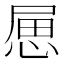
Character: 𢛥